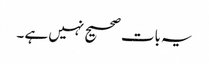
یہ بات صحیح نہیں ہے ۔